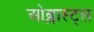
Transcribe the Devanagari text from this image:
ओब्लास्ट्स